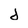
Character: d